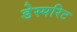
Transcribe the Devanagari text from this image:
डेस्परिट